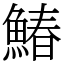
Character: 鰆